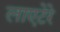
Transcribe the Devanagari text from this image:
लाएटेरे